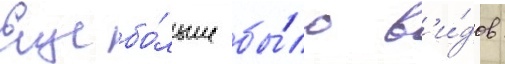
Еще бо́льше бы́ло в'и́дов: